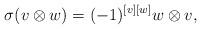
LaTeX: \begin{align*} \sigma(v\otimes w)=(-1)^{[v][w]}w\otimes v,\end{align*}